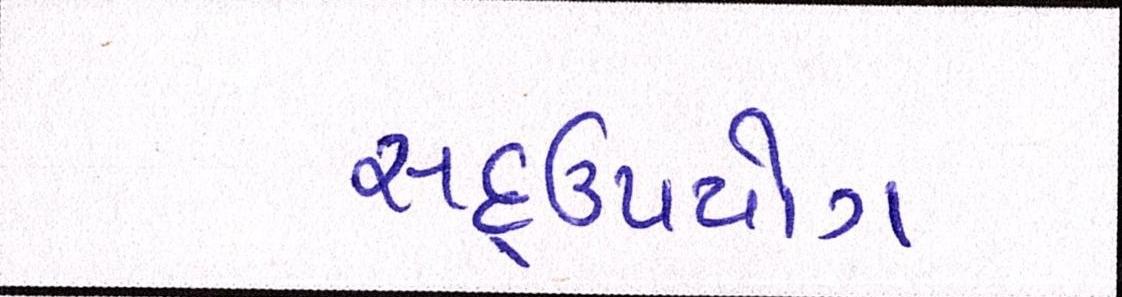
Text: સદ્ઉપયોગ